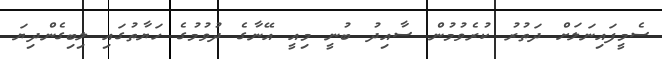
ސެމީފައިނަލަށް ދަތުރު ކުރެވުމުން ސާއިދު ބުނީ މިއީ އޭނާގެ ދުވުމުގެ ހަޔާތުގައި ލިބިގެންދިޔަ